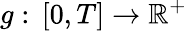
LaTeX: g:\, [0,T]\to\mathbb{R}^{+}